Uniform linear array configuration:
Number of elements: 8
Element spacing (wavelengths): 1
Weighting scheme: exponential
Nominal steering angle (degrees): -30
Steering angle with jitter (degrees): -29.152
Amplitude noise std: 0.05
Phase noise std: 0.05

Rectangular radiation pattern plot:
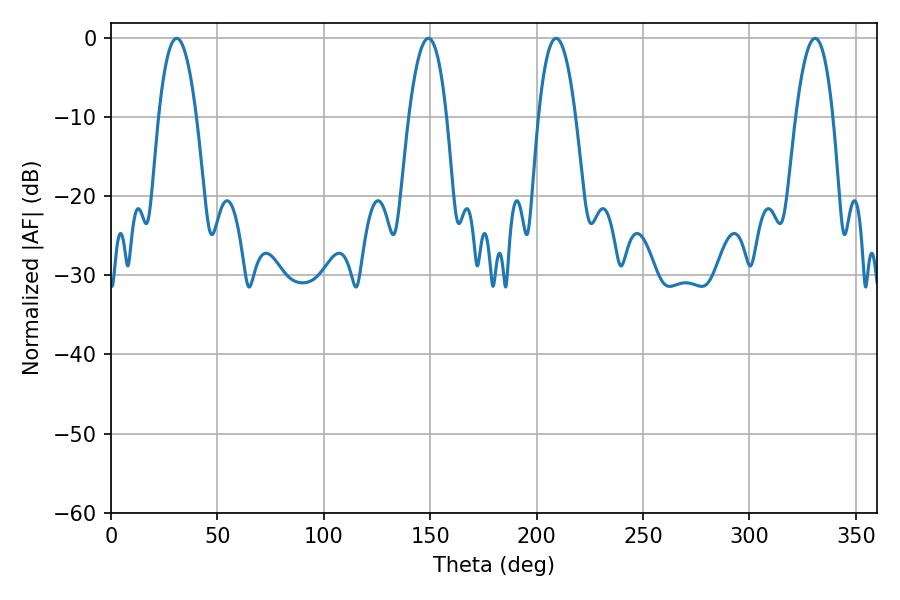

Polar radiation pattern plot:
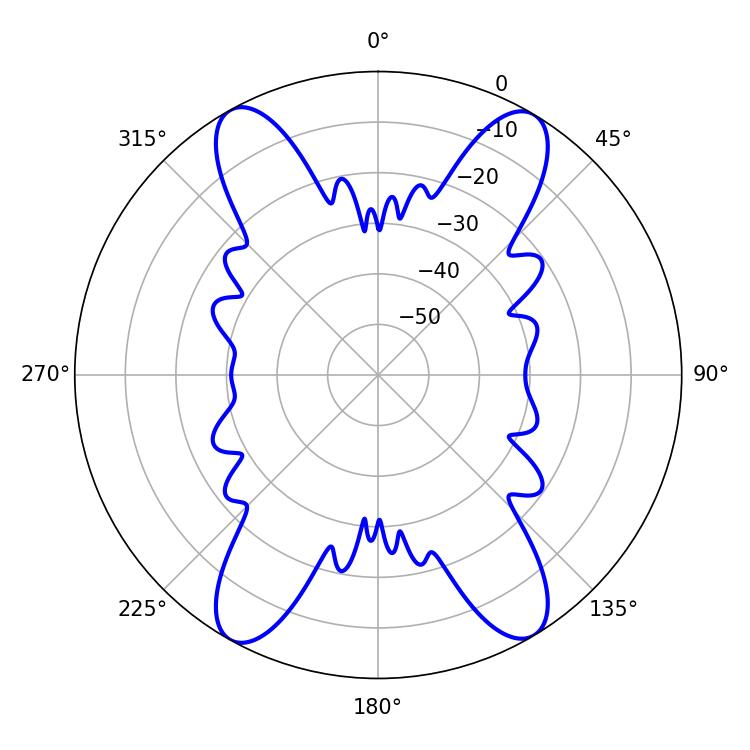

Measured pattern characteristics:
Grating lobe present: TRUE
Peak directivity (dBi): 22.075
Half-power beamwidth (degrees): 9.54
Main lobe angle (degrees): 209.16